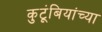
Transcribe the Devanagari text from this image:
कुटूंबियांच्या